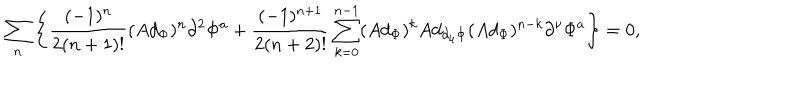
\sum _ { n } \left\{ \frac { ( - 1 ) ^ { n } } { 2 ( n + 1 ) ! } ( A d _ { \Phi } ) ^ { n } \partial ^ { 2 } \Phi ^ { a } + \frac { ( - 1 ) ^ { n + 1 } } { 2 ( n + 2 ) ! } \sum _ { k = 0 } ^ { n - 1 } ( A d _ { \Phi } ) ^ { k } A d _ { \partial _ { \mu } \Phi } ( A d _ { \Phi } ) ^ { n - k } \partial ^ { \nu } \Phi ^ { a } \right\} = 0 ,